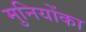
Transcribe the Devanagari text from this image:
मुनियोंका